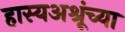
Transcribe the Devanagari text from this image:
हास्यअश्रूंच्या